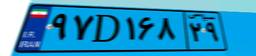
۹۷D۱۶۸۲۹